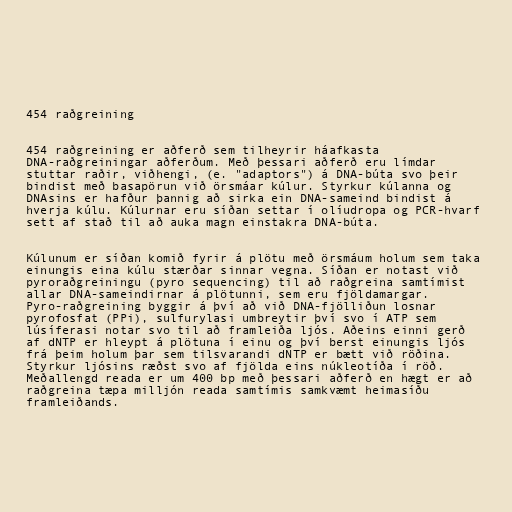
454 raðgreining

454 raðgreining er aðferð sem tilheyrir háafkasta
DNA-raðgreiningar aðferðum. Með þessari aðferð eru límdar
stuttar raðir, viðhengi, (e. "adaptors") á DNA-búta svo þeir
bindist með basapörun við örsmáar kúlur. Styrkur kúlanna og
DNAsins er hafður þannig að sirka ein DNA-sameind bindist á
hverja kúlu. Kúlurnar eru síðan settar í olíudropa og PCR-hvarf
sett af stað til að auka magn einstakra DNA-búta.

Kúlunum er síðan komið fyrir á plötu með örsmáum holum sem taka
einungis eina kúlu stærðar sinnar vegna. Síðan er notast við
pyroraðgreiningu (pyro sequencing) til að raðgreina samtímist
allar DNA-sameindirnar á plötunni, sem eru fjöldamargar.
Pyro-raðgreining byggir á því að við DNA-fjölliðun losnar
pyrofosfat (PPi), sulfurylasi umbreytir því svo í ATP sem
lúsíferasi notar svo til að framleiða ljós. Aðeins einni gerð
af dNTP er hleypt á plötuna í einu og því berst einungis ljós
frá þeim holum þar sem tilsvarandi dNTP er bætt við röðina.
Styrkur ljósins ræðst svo af fjölda eins núkleotíða í röð.
Meðallengd reada er um 400 bp með þessari aðferð en hægt er að
raðgreina tæpa milljón reada samtímis samkvæmt heimasíðu
framleiðands.